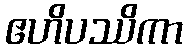
ဧဟိပဿိကာ